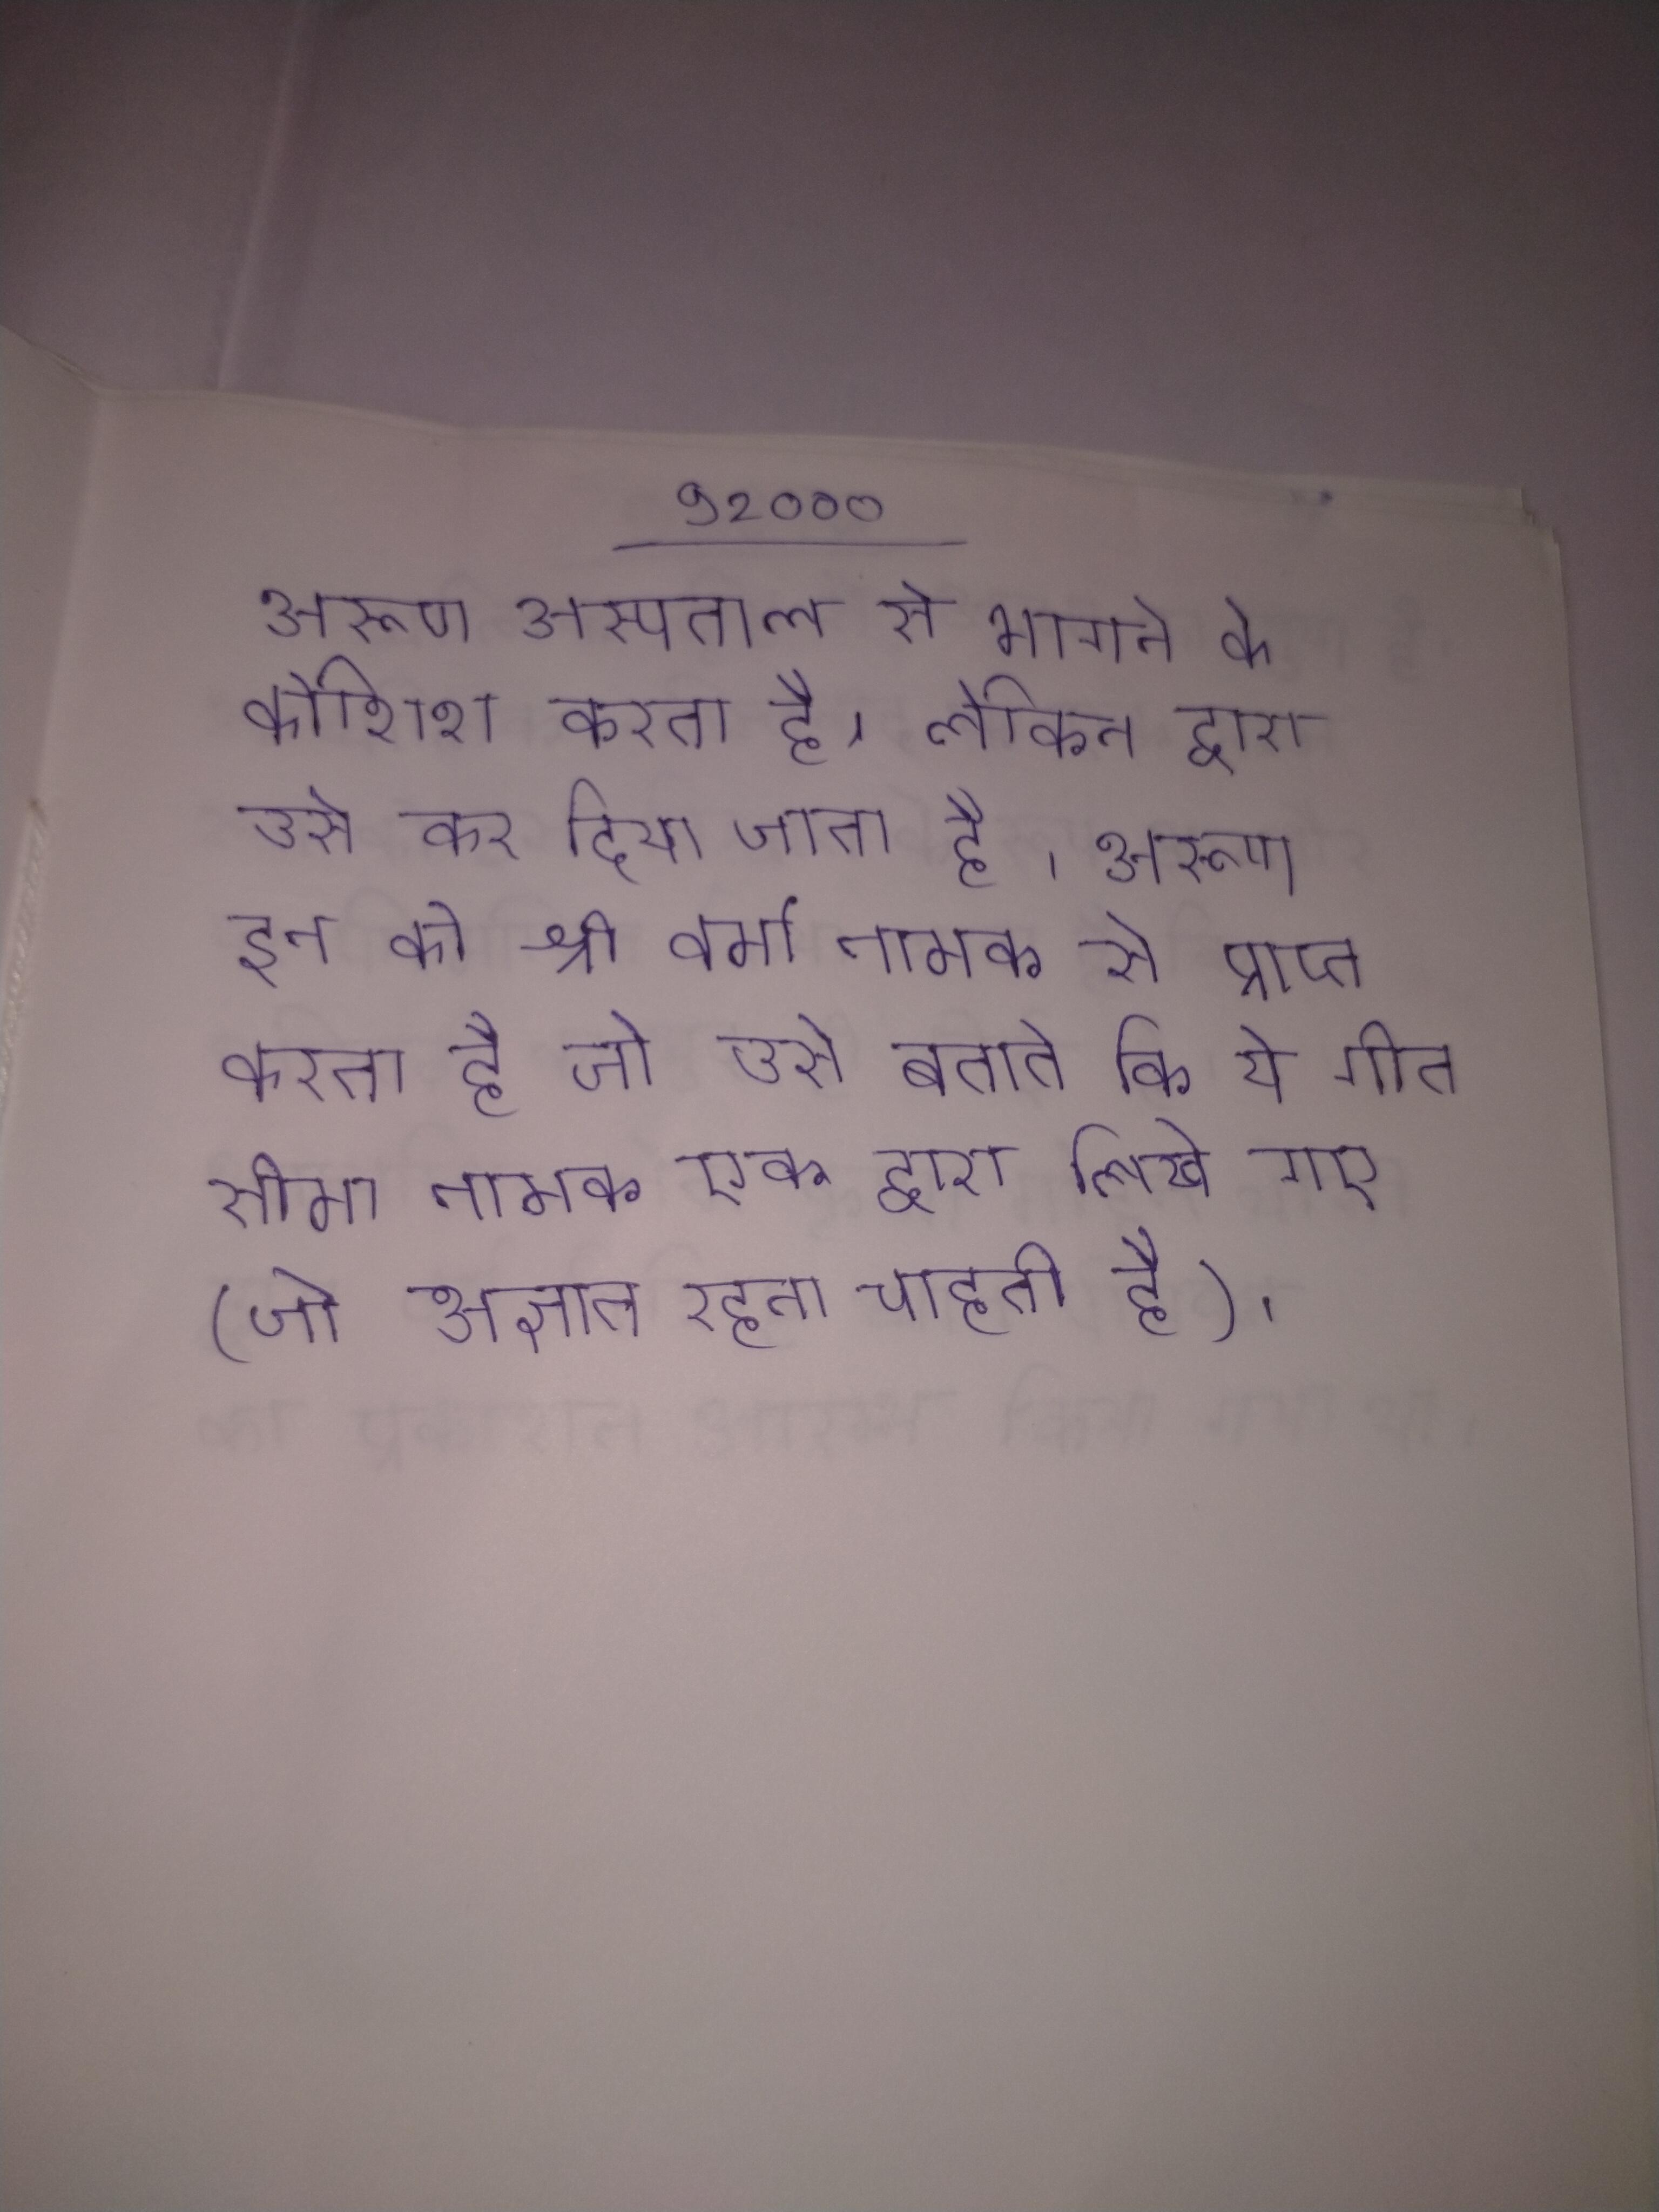
अरुण अस्पताल से भागने की कोशिश करता है, लेकिन द्वारा उसे कर दिया जाता है । अरुण इन को श्री वर्मा नामक से प्राप्त करता है जो उसे बताते कि ये गीत सीमा नामक एक द्वारा लिखे गए (जो अज्ञात रहना चाहती है) ।